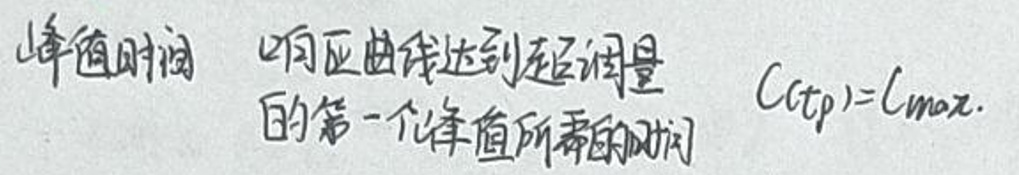
峰值时间 响应曲线达到稳态值的第一个峰值所需的时间\( C(t_p)=C_{max}.\)